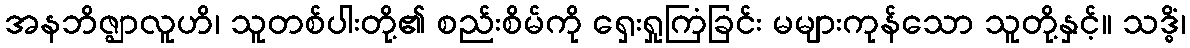
အနဘိဇ္ဈာလူဟိ၊ သူတစ်ပါးတို့၏ စည်းစိမ်ကို ရှေးရှုကြံခြင်း မများကုန်သော သူတို့နှင့်။ သဒ္ဓိံ၊